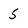
Character: 5